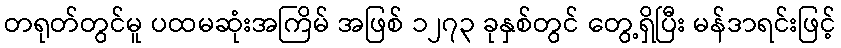
တရုတ်တွင်မူ ပထမဆုံးအကြိမ် အဖြစ် ၁၂၇၃ ခုနှစ်တွင် တွေ့ရှိပြီး မန်ဒာရင်းဖြင့်